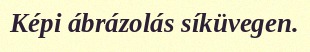
Képi ábrázolás síküvegen.